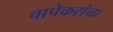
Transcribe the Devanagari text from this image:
चापेकरांना